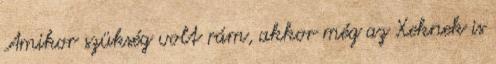
Amikor szükség volt rám, akkor még az Xeknek is